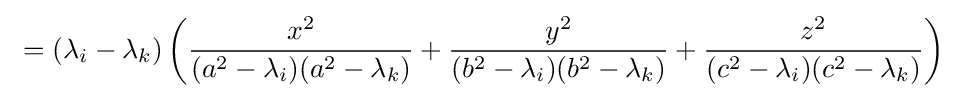
\ =(\lambda _{i}-\lambda _{k})\left({\frac {x^{2}}{(a^{2}-\lambda _{i})(a^{2}-\lambda _{k})}}+{\frac {y^{2}}{(b^{2}-\lambda _{i})(b^{2}-\lambda _{k})}}+{\frac {z^{2}}{(c^{2}-\lambda _{i})(c^{2}-\lambda _{k})}}\right)\